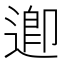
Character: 𮞲